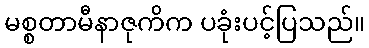
မစ္စတာမီနာဇုကိက ပခုံးပင့်ပြသည်။